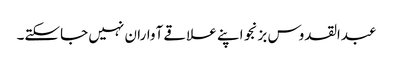
عبدالقدوس بزنجو اپنے علاقے آواران نہیں جاسکتے۔